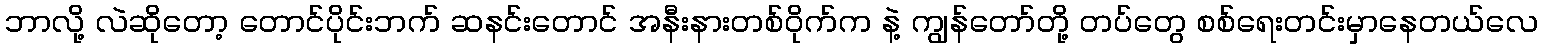
ဘာလို့ လဲဆိုတော့ တောင်ပိုင်းဘက် ဆနင်းတောင် အနီးနားတစ်ဝိုက်က နဲ့ ကျွန်တော်တို့ တပ်တွေ စစ်ရေးတင်းမှာနေတယ်လေ